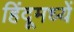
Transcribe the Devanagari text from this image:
हिंदूमध्यें